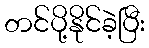
တင်ပို့နိုင်ခဲ့ပြီး